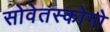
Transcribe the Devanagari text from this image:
सोवेतस्कोगो